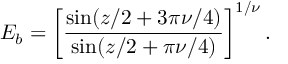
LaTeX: E _ { b } = \left[ \frac { \sin ( z / 2 + 3 \pi \nu / 4 ) } { \sin ( z / 2 + \pi \nu / 4 ) } \right] ^ { 1 / \nu } .